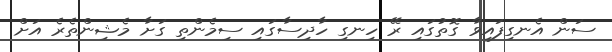
ސަން އެނގިފައިވާ ގޮތުގައި ރޭ ހިނގި ހާދިސާގައި ސިމެންތި ގަށާ މެޝިންތެރެ އަށް